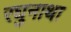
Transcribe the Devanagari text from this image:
रघुनाथा